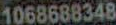
1068688348